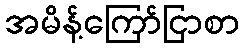
အမိန့်ကြော်ငြာစာ